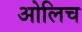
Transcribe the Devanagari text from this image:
ओलिच